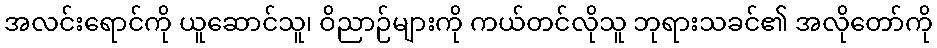
အလင်းရောင်ကို ယူဆောင်သူ၊ ဝိညာဉ်များကို ကယ်တင်လိုသူ ဘုရားသခင်၏ အလိုတော်ကို